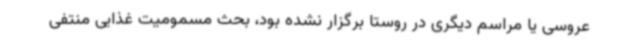
عروسی یا مراسم دیگری در روستا برگزار نشده بود، بحث مسمومیت غذایی منتفی